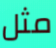
مثل